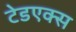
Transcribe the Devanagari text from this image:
टेडएक्स